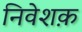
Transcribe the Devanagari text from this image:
निवेशक़